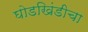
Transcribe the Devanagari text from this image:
घोडखिंडीचा